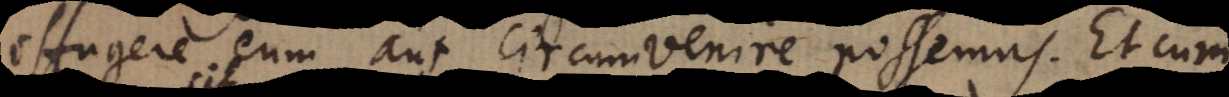
effugere eum aut circumvenire possemus. Et cum